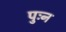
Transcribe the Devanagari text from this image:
पुःन